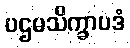
ပဌမသိက္ခာပဒံ